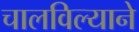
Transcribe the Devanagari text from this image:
चालविल्याने